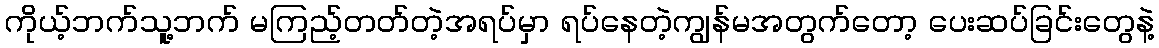
ကိုယ့်ဘက်သူ့ဘက် မကြည့်တတ်တဲ့အရပ်မှာ ရပ်နေတဲ့ကျွန်မအတွက်တော့ ပေးဆပ်ခြင်းတွေနဲ့